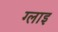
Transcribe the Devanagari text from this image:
ग्लाइ